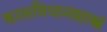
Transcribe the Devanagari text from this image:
कालविधानशास्त्रं